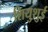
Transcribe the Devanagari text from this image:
शियुशुई